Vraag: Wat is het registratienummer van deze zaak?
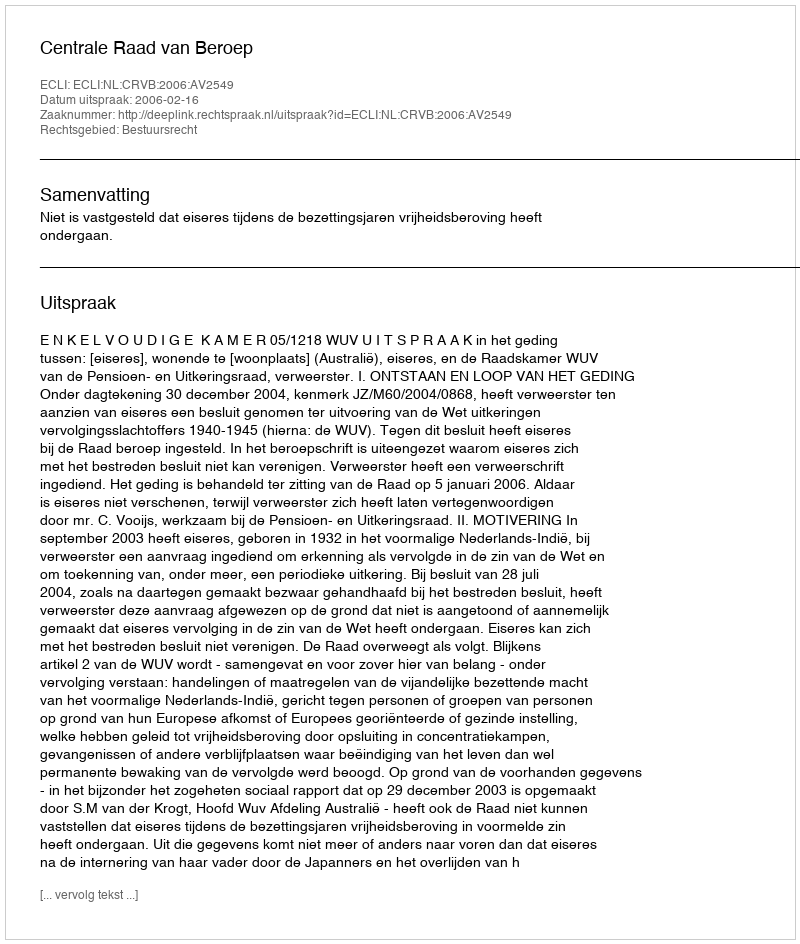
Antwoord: http://deeplink.rechtspraak.nl/uitspraak?id=ECLI:NL:CRVB:2006:AV2549